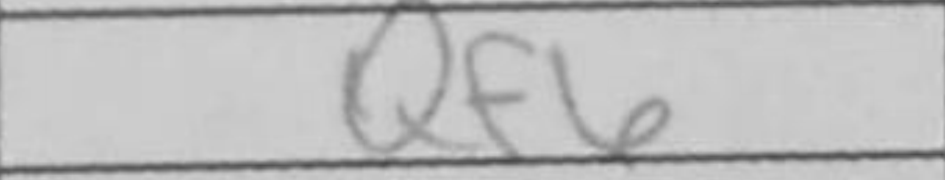
Transcription: Qf6